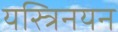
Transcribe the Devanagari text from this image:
यस्त्रिनयन